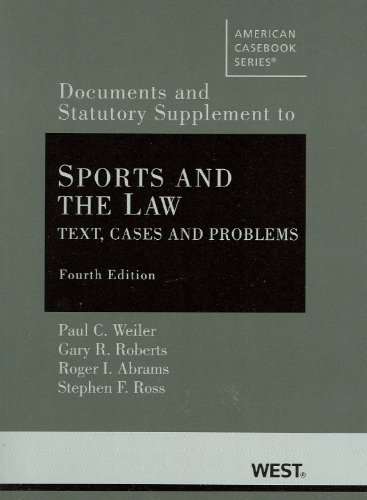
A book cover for Sports and the Law: Text, Cases and Problems, 4th, Documentary and Statutory Supplement (American Casebook Series); Paul Weiler; Law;